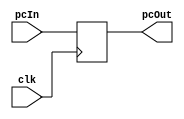
`timescale 1ns / 1ps
//////////////////////////////////////////////////////////////////////////////////
// Company: 
// Engineer: 
// 
// Design Name: 
// Module Name:    PC 
// Project Name: 
// Target Devices: 
// Tool versions: 
// Description: 
//
// Dependencies: 
//
// Revision: 
// Revision 0.01 - File Created
// Additional Comments: 
//
//////////////////////////////////////////////////////////////////////////////////
module PC (clk, pcIn, pcOut);
input clk;
input [31:0] pcIn;
output [31:0] pcOut;
reg [31:0] pcOut;
initial
begin
pcOut=32'b0;
end
always @(posedge clk) 
begin
pcOut = pcIn;
end     
endmodule